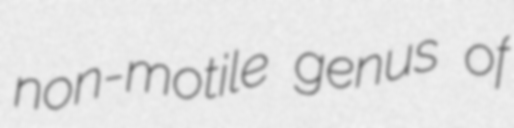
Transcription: non-motile genus of